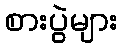
စားပွဲများ